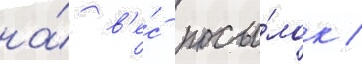
на́ в'е́с посы́лок /